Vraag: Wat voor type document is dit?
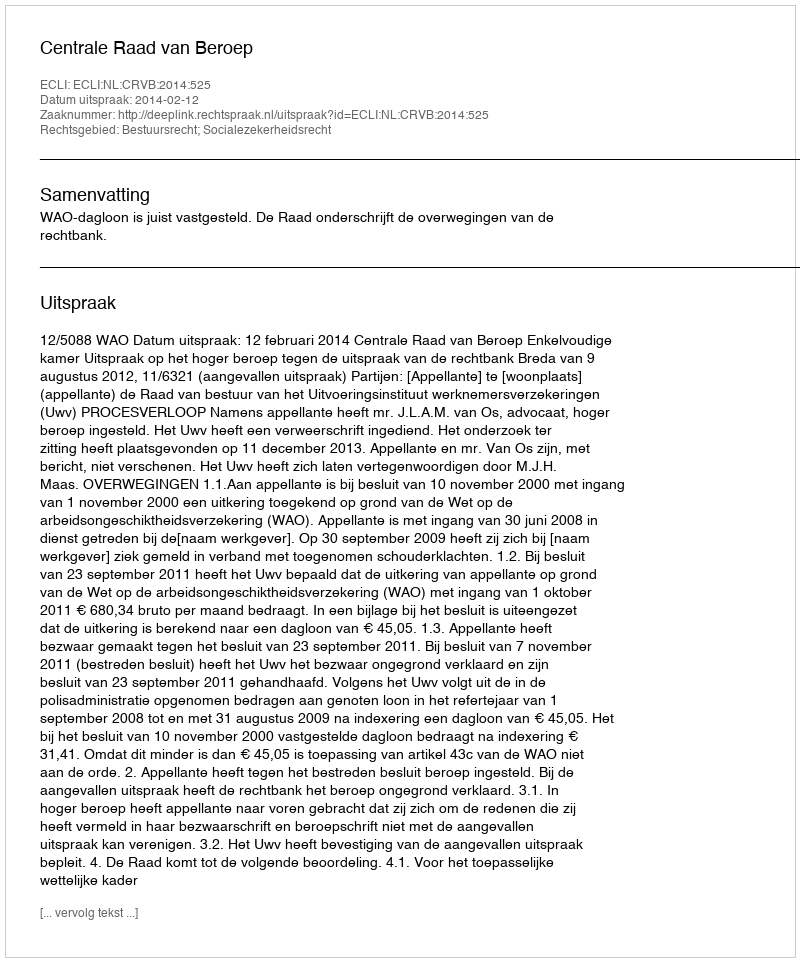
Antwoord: Uitspraak